Report on sanitation, dispensaries, and jails in Rajputana for 1914, and on vaccination for the year 1914-1915 - 1914-1915
Year: 1914
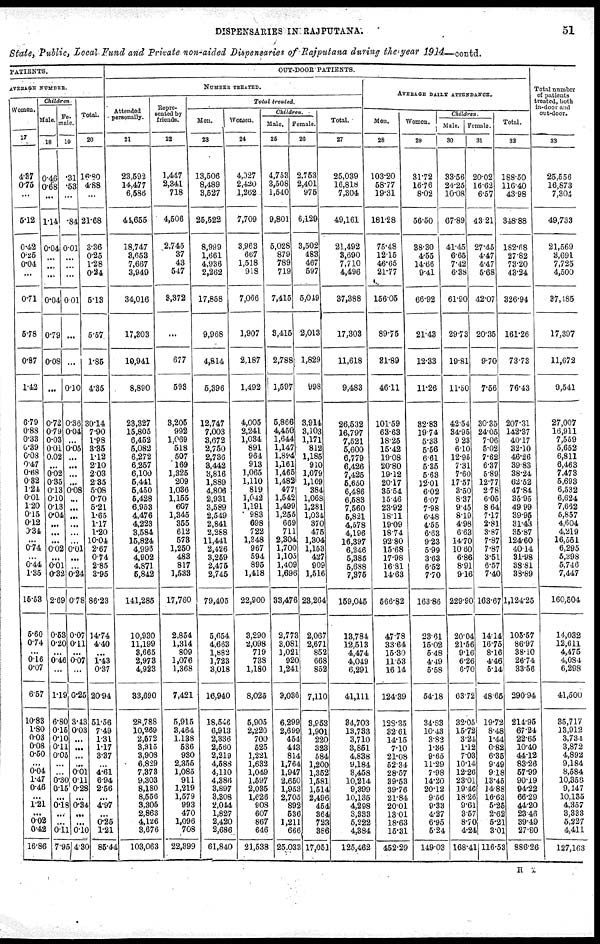
DISPENSARIES IN RAJPUTANA.
51
State, Public, Local Fund and Private non-aided Dispensaries of Rajputana during the year 1914—contd.
PATIENTS.
AVERAGE NUMBER.
Women.
17
4.87
0.75
...
5.12
0.42
0.25
0.04
...
0.71
5.78
0.87
1.42
6.79
0.88
0.33
0.39
0.03
0.47
0.68
0.32
1.24
0.01
1.20
0.16
0.12
0.34
...
0.74
...
0.44
1.35
16.63
6.60
0.74
...
0.16
0.07
6.57
10.83
1.80
0.03
0.08
0.60
...
0.04
1.47
0.46
...
1.21
...
0.02
0.42
16.86
Children
Male.
18
0.46
0.68
...
1.14
0.04
...
...
...
0.04
0.79
0.08
...
0.72
0.79
0.03
0.01
0.02
...
0.02
0.35
0.13
0.10
0.13
0.04
...
...
...
0.02
...
0.01
0.32
2.69
0.63
0.20
...
0.46
...
1.19
6.80
0.16
0.10
0.11
0.05
...
...
0.30
0.16
...
0.18
...
...
0.11n
7.95
Fe-
male.
19
.31
.53
...
.84
0.01
...
...
...
0.01
...
...
0.10
0.36
0.04
...
0.06
...
...
...
...
0.08
...
...
...
...
...
...
0.01
...
...
0.24
0.78
0.07
0.11
...
0.07
...
0.26
3.43
0.03
...
...
...
...
0.01
0.11
0.28
...
0.34
...
...
0.10
4.30
Total.
20
16.80
4.88
...
21.68
3.36
0.25
1.28
0.24
5.13
5.57
1.85
4.35
30.14
7.90
1.88
3.36
1.12
2.10
2.03
2.35
5.08
0.70
5.21
1.65
1.17
1.20
10.04
2.67
0.74
2.85
3.95
86.23
14.74
4.40
...
1.43
0.37
20.94
51.56
7.49
1.31
1.17
3.37
...
4.61
6.94
2.56
...
4.97
...
0.25
1.21
85.44
OUT-DOOR PATIENTS.
NUMBER TREATED.
Attended
personally.
21
23,692
14,477
6,586
41,655
18,747
3,653
7,667
3,949
34,016
17,803
10,941
8,890
28,327
15,805
6,452
5,082
6,272
6,267
6,100
5,441
5,450
5,428
6,953
4,476
4,229
3,584
15,824
4,996
4,902
4,871
6,842
141,285
10,930
11,199
3,665
2,978
4,923
33,690
28,788
10,269
2,572
3,315
3,908
6,829
7,373
9,303
8,180
8,556
8,305
2,863
4,126
3,676
103,063
Repre¬
sented by
friends.
22
1,417
2,341
718
4,506
2,745
37
43
547
3,372
...
677
593
3,206
992
1,069
518
507
169
1,325
209
1,036
1,165
607
1,345
355
612
573
1,250
483
817
1,533
17,760
2,854
1,314
809
1,076
1,368
7,421
5,915
3,464
1,138
536
930
2,355
1,085
911
1,219
1,579
993
470
1,096
708
22,399
Total treated.
Men.
23
13,506
8,489
3,527
25,522
8,999
1,661
4,936
2,262
17,858
9,968
4,814
5,396
12,747
7,003
3,672
2,750
2,730
3,442
3,816
1,889
4,806
2,931
3,589
2,549
2,841
2,288
11,441
2,426
3,269
2,475
2,745
79,405
5,654
4,663
1,882
1,723
3,018
16,940
18.546
6,913
2,336
2,560
2,219
4,688
4,110
4,386
3,897
3,808
2,014
1,827
2,420
2,086
61,840
Women.
24
4,027
2,420
1,262
7,709
3,963
667
1,518
918
7,066
1,907
2,187
1,492
4,005
2,241
1,034
891
964
913
1,065
1,110
819
1,042
1,191
983
698
722
1,348
967
594
895
1,418
22,900
3,290
2,098
719
738
1,180
8,025
5,905
2,220
700
525
1,221
1,633
1,049
1,597
2,086
1,628
608
607
867
646
21,538
Children.
Male.
25
4,753
3,508
1,540
9,801
5,028
879
789
719
7,415
3,416
2,788
1,597
5,866
4,450
1,644
1,147
1,894
1,161
1,465
1,482
477
1,542
1,499
1,255
669
711
2,304
1,700
1,105
1,409
1,696
33,476
2,773
3,081
1,021
920
1,241
9,036
6,299
2,699
454
443
814
1,764
1,947
2,650
1,953
2,705
892
536
1,211
666
25,033
Female.
26
2,763
2,401
975
6,129
3,502
483
467
597
5,019
2,013
1,829
998
3,914
3,103
1,171
812
1,185
910
1,079
1,169
384
1,068
1,281
1,034
370
475
1,304
1,153
427
909
1,516
23,264
2,067
2,671
852
668
852
7,110
3,953
1,901
220
323
584
1,200
1,352
1,581
1,514
2,496
454
364
723
386
17,051
Total.
27
25,039
16,818
7,304
49,161
21,492
3,690
7,710
4,496
37,388
17,308
11,618
9,483
26,632
16,797
7,521
5,600
6,779
6,426
7,425
5,650
6,486
6,683
7,560
5,831
4,578
4,196
16,397
6,246
5,385
5,688
7,375
159,045
13,784
12,513
4,474
4,049
6,291
41,111
84,703
13,733
3,710
3,851
4,838
9,184
8,458
10,214
9,899
10,135
4,298
3,333
6,222
4,384
125,462
AVERAGE DAILY ATTENDANCE.
Men.
28
103.20
68.77
19.31
181.28
75.48
12.15
46.65
21.77
156.05
89.75
81.89
46.11
101.59
63.63
18.25
16.42
19.08
20.80
19.12
20.17
35.54
15.46
23.92
18.11
19.09
18.74
92.80
15.68
17.98
16.81
14.63
566.82
47.78
33.64
15.30
11.53
16.14
124.39
128.35
32.61
14.15
7.10
21.08
52.34
28.57
39.53
39.76
21.84
20.01
13.01
18.63
15.31
462.29
Women.
29
31.72
16.76
8.02
56.50
88.30
4.65
14.66
9.41
66.92
21.43
12.33
11.26
32.83
19.74
5.33
5.56
6.61
5.35
5.63
12.01
6.02
6.07
7.98
6.48
4.55
6.63
9.23
5.99
3.63
6.52
7.70
163.86
23.61
15.02
5.48
4.49
5.58
54.18
34.33
10.43
3.82
1.36
9.65
11.29
7.98
14.20
20.12
9.56
9.33
4.27
6.95
5.24
149.03
Children.
Male.
30
33.56
24.25
10.08
67.89
41.45
6.65
7.42
6.38
61.90
29.73
19.81
11.60
42.54
34.95
9.23
6.10
12.95
7.31
7.60
17.57
3.50
8.37
9.15
8.19
4.98
6.63
14.70
10.60
6.86
8.91
9.16
229.90
20.04
21.56
9.16
6.26
6.70
63.72
32.05
16.72
3.24
1.12
7.03
10.14
12.26
23.01
19.40
18.26
9.61
3.57
8.70
4.24
168.41
Female.
31
20.02
16.62
6.57
43.21
27.45
4.47
4.47
5.68
42.07
20.35
9.70
7.56
30.35
24.05
7.06
5.02
7.62
6.37
5.89
12.77
2.78
6.05
8.64
7.17
2.81
3.87
7.87
7.87
3.51
6.57
7.40
163.67
14.14
16.75
8.16
4.46
5.14
48.66
19.72
8.48
1.44
0.82
6.36
9.49
9.18
13.45
14.88
16.63
5.25
2.62
5.21
3.01
116.53
Total.
32
188.50
116.40
43.98
348.88
182.68
27.82
73.20
43.24
326.94
161.26
73.73
76.43
207.31
142.37
40.17
32.10
46.26
39.83
38.24
62.62
47.84
35.95
49.99
39.95
31.43
35.87
124.60
40.14
31.98
38.81
33.89
1,124.25
105.57
86.97
38.10
26.74
33.56
290.94
214.95
67.24
22.65
10.40
44.12
83.26
57.99
90.19
94.22
66.29
44.20
23.46
39.49
27.60
886.26
Total number
of patients
treated, both
In-door and
out-door.
33
25,556
16,873
7,304
49,733
21,569
3,691
7,725
4,500
37,185
17,397
11,672
9,541
27,007
16,911
7,559
5,652
6,811
6,463
7,473
5,693
6,532
6,624
7,692
5,857
4,604
4,219
16,551
6,295
5,395
5,746
7,447
160,504
14,032
12,611
4,475
4,034
6,298
41,500
35,717
13,912
3,734
3,872
4,892
9,184
8,584
10,358
9,147
10,135
4,357
3,383
5,227
4,411
127,163
H